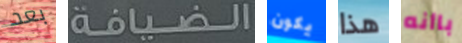
بعد الضيافة يكون هذا باأنه